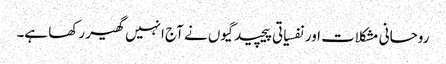
روحانی مشکلات اور نفسیاتی پیچیدگیوں نے آج انہیں گھیر رکھا ہے۔